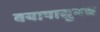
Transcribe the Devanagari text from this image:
वयापासुनच